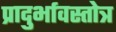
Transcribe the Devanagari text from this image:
प्रादुर्भावस्तोत्र